Indian journal of veterinary science and animal husbandry - Volumes 22-23, 1952-1953
Year: 1952
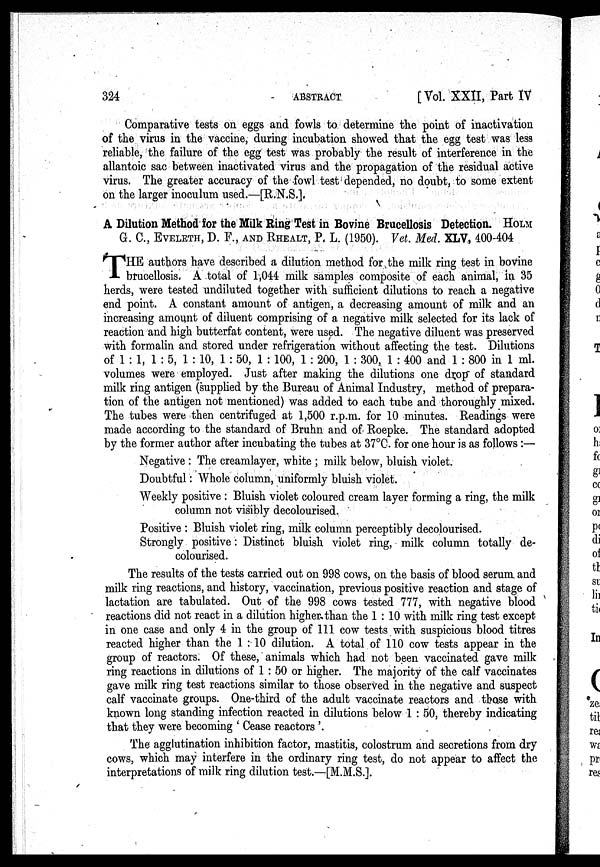
324
ABSTRACT
[ Vol. XXII, Part IV
Comparative tests on eggs and fowls to determine the point of inactivation
of the virus in the vaccine, during incubation showed that the egg test was less
reliable, the failure of the egg test was probably the result of interference in the
allantoic sac between inactivated virus and the propagation of the residual active
virus. The greater accuracy of the fowl test depended, no doubt, to some extent
on the larger inoculum used.—[R.N.S.].
A Dilution Method for the Milk Ring Test in Bovine Brucellosis Detection. HOLM
G. C., EVELETH, D. F., AND RHEALT, P. L. (1950). Vet. Med. XLV, 400-404
T HE authors have described a dilution method for the milk ring test in bovine
brucellosis. A total of 1,044 milk samples composite of each animal, in 35
herds, were tested undiluted together with sufficient dilutions to reach a negative
end point. A constant amount of antigen, a decreasing amount of milk and an
increasing amount of diluent comprising of a negative milk selected for its lack of
reaction and high butterfat content, were used. The negative diluent was preserved
with formalin and stored under refrigeration without affecting the test. Dilutions
of 1 : 1, 1 : 5, 1 : 10, 1 : 50, 1 : 100, 1 : 200, 1 : 300, 1 : 400 and 1 : 800 in 1 ml.
volumes were employed. Just after making the dilutions one drop of standard
milk ring antigen (supplied by the Bureau of Animal Industry, method of prepara-
tion of the antigen not mentioned) was added to each tube and thoroughly mixed.
The tubes were then centrifuged at 1,500 r.p.m. for 10 minutes. Readings were
made according to the standard of Bruhn and of Roepke. The standard adopted
by the former author after incubating the tubes at 37°C. for one hour is as follows :—
Negative : The creamlayer, white ; milk below, bluish violet.
Doubtful : Whole column, uniformly bluish violet.
Weekly positive : Bluish violet coloured cream layer forming a ring, the milk
column not visibly decolourised.
Positive : Bluish violet ring, milk column perceptibly decolourised.
Strongly positive : Distinct bluish violet ring, milk column totally de-
colourised.
The results of the tests carried out on 998 cows, on the basis of blood serum and
milk ring reactions, and history, vaccination, previous positive reaction and stage of
lactation are tabulated. Out of the 998 cows tested 777, with negative blood
reactions did not react in a dilution higher than the 1 : 10 with milk ring test except
in one case and only 4 in the group of 111 cow tests with suspicious blood titres
reacted higher than the 1 : 10 dilution. A total of 110 cow tests appear in the
group of reactors. Of these, animals which had not been vaccinated gave milk
ring reactions in dilutions of 1 : 50 or higher. The majority of the calf vaccinates
gave milk ring test reactions similar to those observed in the negative and suspect
calf vaccinate groups. One-third of the adult vaccinate reactors and those with
known long standing infection reacted in dilutions below 1 : 50, thereby indicating
that they were becoming ' Cease reactors '.
The agglutination inhibition factor, mastitis, colostrum and secretions from dry
cows, which may interfere in the ordinary ring test, do not appear to affect the
interpretations of milk ring dilution test.—[M.M.S.].